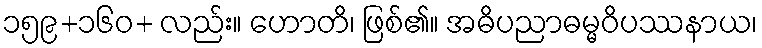
၁၅၉+၁၆၀+ လည်း။ ဟောတိ၊ ဖြစ်၏။ အဓိပညာဓမ္မဝိပဿနာယ၊